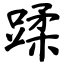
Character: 蹂